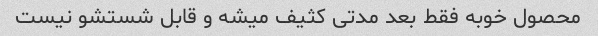
محصول خوبه فقط بعد مدتی کثیف میشه و قابل شستشو نیست